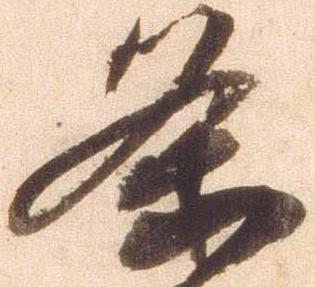
条